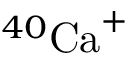
^ { 4 0 } { \mathrm { C a } } ^ { + }